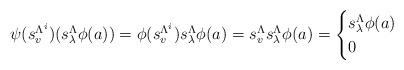
LaTeX: \begin{align*}\psi(s_v^{\Lambda^i})(s_\lambda^\Lambda\phi(a))=\phi(s_v^{\Lambda^i})s_\lambda^\Lambda\phi(a)=s_v^{\Lambda}s_\lambda^\Lambda\phi(a)=\begin{cases}s_\lambda^\Lambda\phi(a) & \\0 & \end{cases}\end{align*}